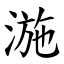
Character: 湤